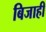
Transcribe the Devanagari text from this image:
बिजाही